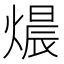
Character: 𤍴